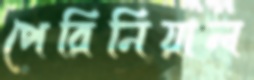
পেরিনিয়াল